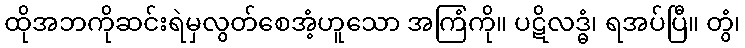
ထိုအဘကိုဆင်းရဲမှလွတ်စေအံ့ဟူသော အကြံကို။ ပဋိလဒ္ဓံ၊ ရအပ်ပြီ။ တွံ၊